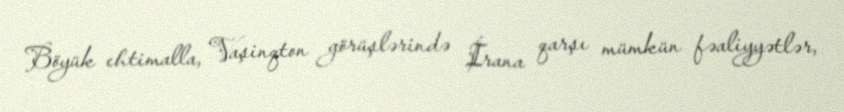
Böyük ehtimalla, Vaşinqton görüşlərində İrana qarşı mümkün fəaliyyətlər,